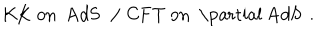
LaTeX: \mathrm { K K ~ o n ~ A d S ~ } \, \, / \, \, \mathrm { C F T ~ o n ~ \partial ~ A d S ~ } \, .